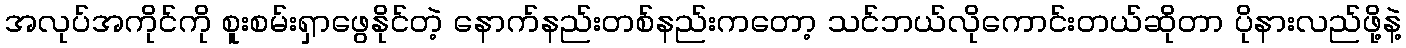
အလုပ်အကိုင်ကို စူးစမ်းရှာဖွေနိုင်တဲ့ နောက်နည်းတစ်နည်းကတော့ သင်ဘယ်လိုကောင်းတယ်ဆိုတာ ပိုနားလည်ဖို့နဲ့